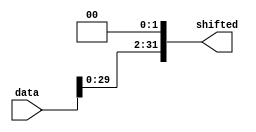
`timescale 1ns/1ns

module ShiftLeft (data, shifted);

parameter size = 32;
parameter shcount = 2;

input [size-1:0] data;
output [size-1:0] shifted;

assign shifted = data << shcount;

endmodule